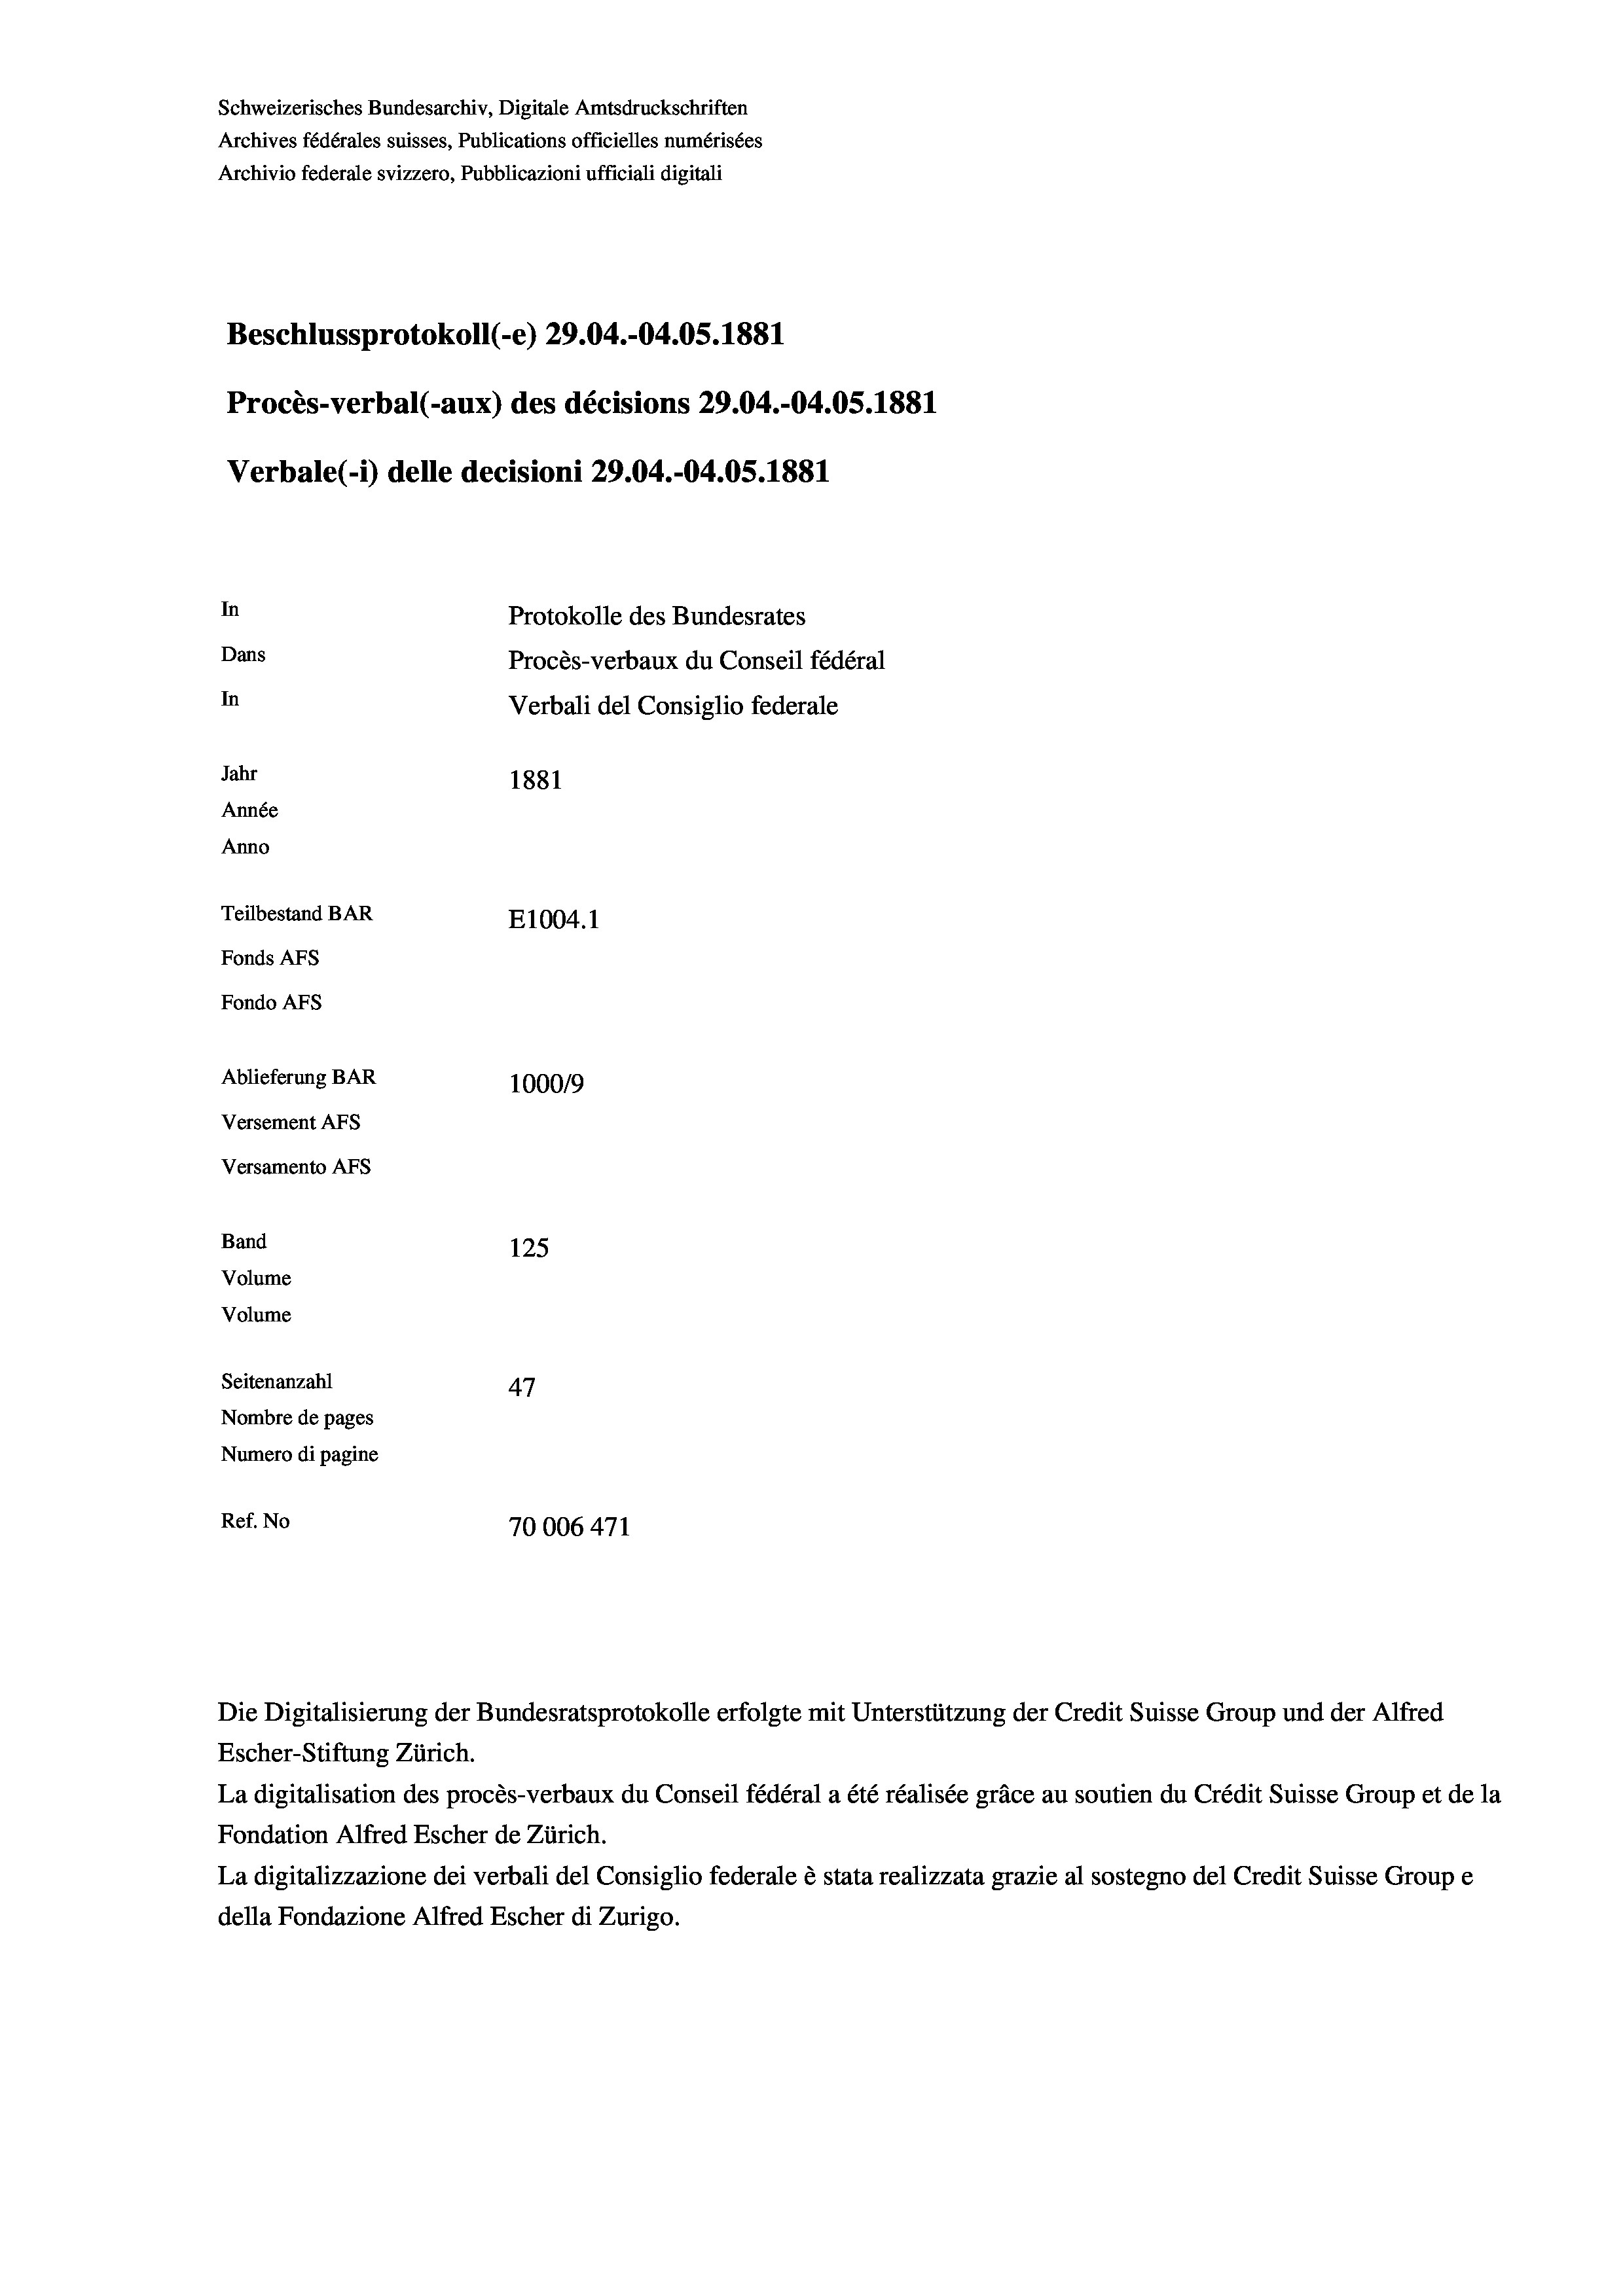
Schweizerisches Bundesarchiv, Digitale Amtsdruckschriften
Archives fédérales suisses, Publications officielles numérisées
Archivio federale svizzero, Pubblicazioni ufficiali digitali
Beschlussprotokoll (-e) 29.04.-04.05. 1881
Procès-verbal (-aux) des décisions 29.04.-04.05. 1881
Verbale(-*) delle decisioni 29.04.-04.05. 1881
In
Protokolle des Bundesrates
Dans
Procès-verbaux du Conseil fédéral
In
Verbali del Consiglio federale
Jahr
1881
Année
Anno
Teilbestand BAR
E1004. 1
Fonds AFs
Fondo Afs
Ablieferung BAR
100019
Versement AFs
Versamento Afs
Band
125
Volume
Volume
Seitenanzahl
47
Nombre de pages
Numero di pagine
Ref. No
70006 471

Die Digitalisierung der Bundesratsprotokolle erfolgte mit Unterstützung der Credit Suisse Group und der Alfred
Escher-Stiftung Zürich.
La digitalisation des procès-verbaux du Conseil fédéral a été réalisée gräce au soutien du Crédit Suisse Group et de la
Fondation Alfred Escher de Zürich.
La digitalizzazione dei verbali del Consiglio federale è stata realizzata grazie al sostegno del Credit Suisse Groupe
della Fondazione Alfred Escher di Zurigo.